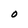
Character: O